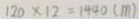
1 2 0 \times 1 2 = 1 4 4 0 ( m )